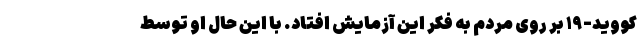
کووید-۱۹ بر روی مردم به فکر این آزمایش افتاد. با این حال او توسط